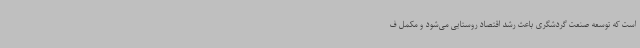
است که توسعه صنعت گردشگری باعث رشد اقتصاد روستایی می‌شود و مکمل ف